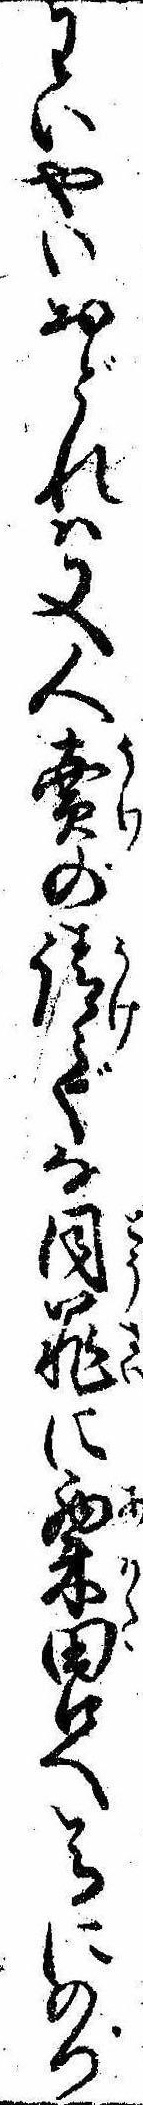
わいやいおどれは又人売の請でな同罪に粟田口へ馬にのつ